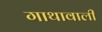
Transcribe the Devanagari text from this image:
गाथावाली